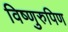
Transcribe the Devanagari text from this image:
विष्णुरुपिण